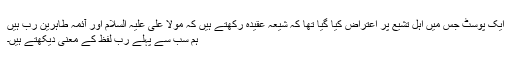
ایک پوسٹ جس میں اہل تشیع پر اعتراض کیا گیا تھا کہ شیعہ عقیدہ رکھتے ہیں کہ مولا علی علیہ السلام اور آئمہ طاہرین رب ہیں
ہم سب سے پہلے رب لفظ کے معنی دیکھتے ہیں۔